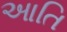
આતિ